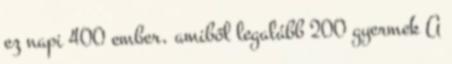
ez napi 400 ember, amiből legalább 200 gyermek A